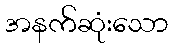
အနက်ဆုံးသော